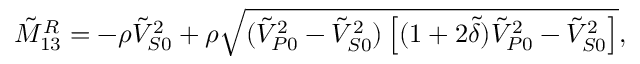
\tilde { M } _ { 1 3 } ^ { R } = - \rho \tilde { V } _ { S 0 } ^ { 2 } + \rho \sqrt { ( \tilde { V } _ { P 0 } ^ { 2 } - \tilde { V } _ { S 0 } ^ { 2 } ) \left[ ( 1 + 2 \tilde { \delta } ) \tilde { V } _ { P 0 } ^ { 2 } - \tilde { V } _ { S 0 } ^ { 2 } \right] } ,